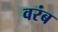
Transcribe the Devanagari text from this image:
वरंब